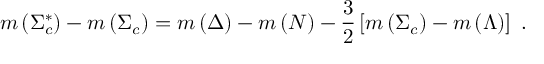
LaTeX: m \left( \Sigma _ { c } ^ { \ast } \right) - m \left( \Sigma _ { c } \right) = m \left( \Delta \right) - m \left( N \right) - \frac { 3 } { 2 } \left[ m \left( \Sigma _ { c } \right) - m \left( \Lambda \right) \right] \ .